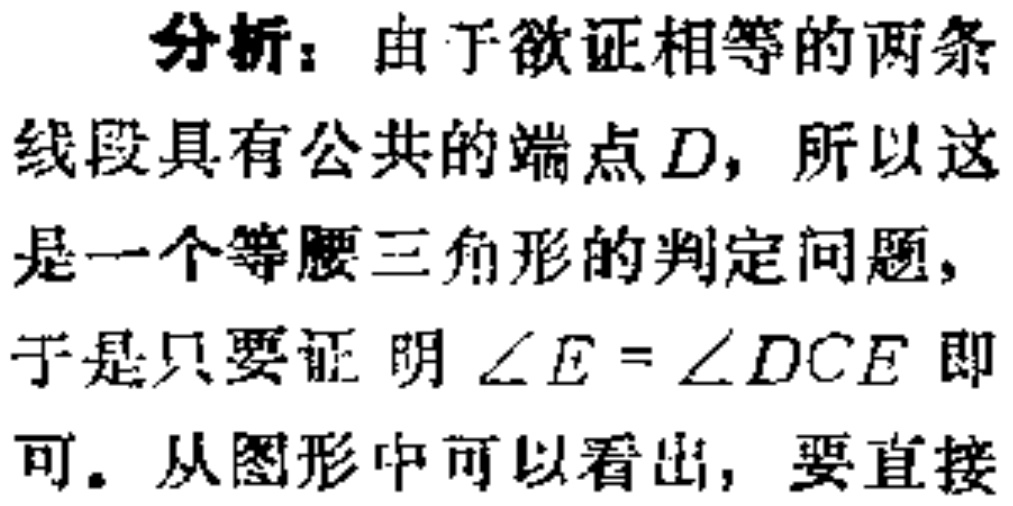
分析：由于欲证相等的两条线段具有公共的端点\(D\)，所以这是一个等腰三角形的判定问题，于是只要证明\(\angle E = \angle DCE\)即可。从图形中可以看出，要直接